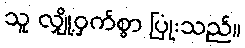
သူ လျှို့ဝှက်စွာ ပြုံးသည်။